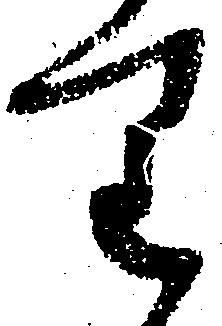
り